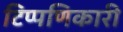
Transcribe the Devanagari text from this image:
टिप्पणिकारी